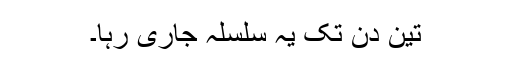
تین دن تک یہ سلسلہ جاری رہا۔